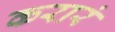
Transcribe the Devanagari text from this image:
करारं